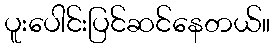
ပူးပေါင်းပြင်ဆင်နေတယ်။